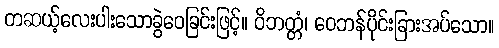
တဆယ့်လေးပါးသောခွဲဝေခြင်းဖြင့်။ ဝိဘတ္တံ၊ ဝေဘန်ပိုင်းခြားအပ်သော။